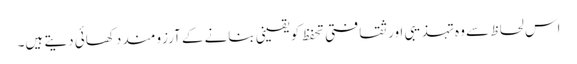
اس لحاظ سے وہ تہذیبی اور ثقافتی تحفظ کو یقینی بنانے کے آرزومند دکھائی دیتے ہیں۔